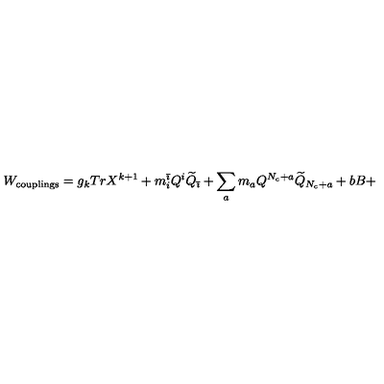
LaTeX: W _ { \mathrm { c o u p l i n g s } } = g _ { k } T r X ^ { k + 1 } + m _ { i } ^ { \bar { \imath } } Q ^ { i } \widetilde { Q } _ { \bar { \imath } } + \sum _ { a } m _ { a } Q ^ { N _ { c } + a } \widetilde { Q } _ { N _ { c } + a } + b B +